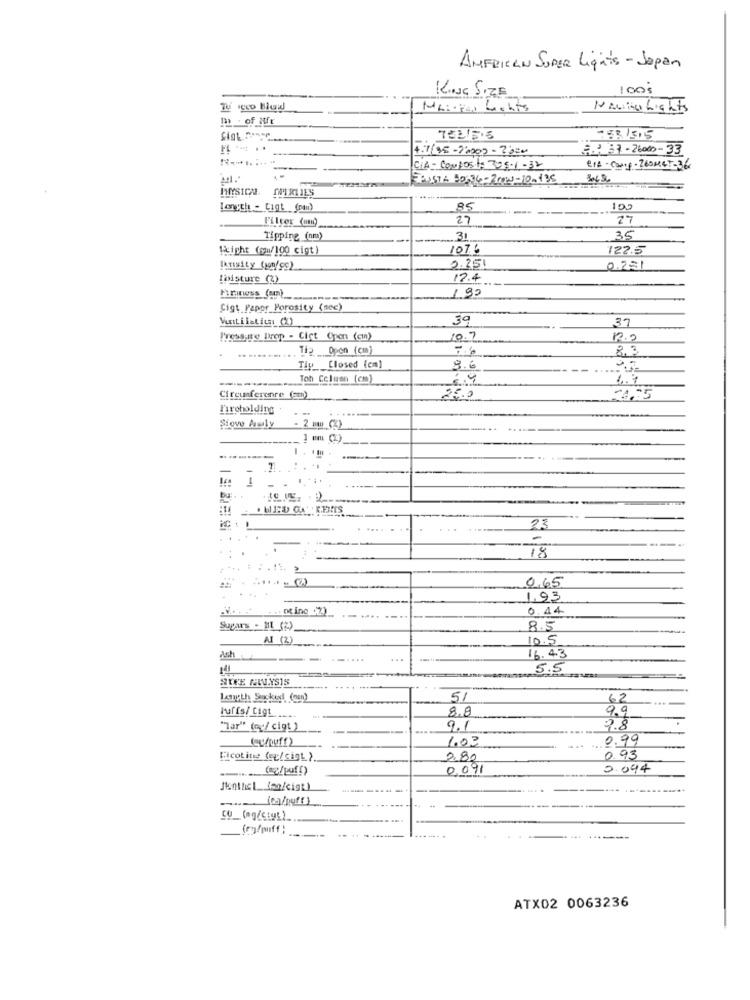
AMERICAN SUPER Lights - Japan
KING SIZE
100$
Tu icco Blow
NAcity Lights
m . of Mfe
752/5.5
753/515
4.7(15-2'000 - 23:0
2.2 33-26000-33
CIA - CONpost: 205-1-32
e14- Camp-260MET-36
..
BUSTA 10:36-2000-10-135
HMYSICH. WIRLJES
Length - Cigt (pau)
85
100
Filter (und)
27
27
Tipping (nm)
31
35
Reicht (mm/100 cigt)
1076
122.5
0.251
Fruity (wn/99)
0.251
thisture (2)
17.4
1.90
Firmness (an)_
Sigt Papor Porosity (sec)
ViniLilaLica (X)
39
37
Pressure Drop - Ciet Open (cmn)
10.7
.....
Tip Opon (cm)
8.3
Tip Closed (em]
9.6
Toh Column (cm)
1.1
Cfreunferenre (am)
25.0
24.25
Tiroholding
.....
Sięve Awly
1
.....
- .
.....
23
-
18
....
0,65
1,93
0. 44
Sugars - ML (2)
8.5
AI (2)
10.5
Ash
......
16.43
5.5
SEFE NULYSIS
51
62
Puffs/ Cigt
8.8
99
"Mar" (oc/cigt)
9.1
2.8
1.03
0.99
Dicotine (c/sigt }
2.80
0.93
(og/ puffy
0,091
0.094
----
Monthcl_log/cist )
co_ (mg/ctg!) ....
ATX02 0063236